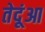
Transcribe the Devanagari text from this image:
तेदूंआ